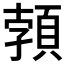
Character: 𩓐